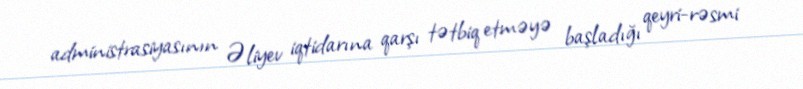
administrasiyasının Əliyev iqtidarına qarşı tətbiq etməyə başladığı qeyri-rəsmi